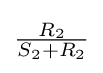
{\tfrac {R_{2}}{S_{2}+R_{2}}}